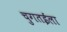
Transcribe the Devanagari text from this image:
चुगतईला